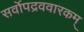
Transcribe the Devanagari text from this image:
सर्वोपद्रववारकम्